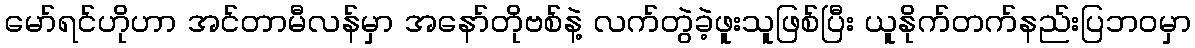
မော်ရင်ဟိုဟာ အင်တာမီလန်မှာ အနော်တိုဗစ်နဲ့ လက်တွဲခဲ့ဖူးသူဖြစ်ပြီး ယူနိုက်တက်နည်းပြဘ၀မှာ